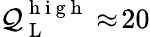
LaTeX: \mathcal{Q}_{\mathrm{{~L~}}}^{\mathrm{{~h~i~g~h~}}}\approx\! 20